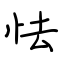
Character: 怯